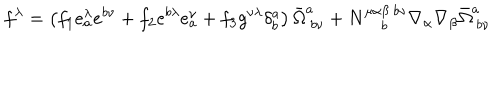
f ^ { \lambda } = \left( f _ { 1 } e _ { a } ^ { \lambda } e ^ { b \nu } + f _ { 2 } e ^ { b \lambda } e _ { a } ^ { \nu } + f _ { 3 } g ^ { \nu \lambda } \delta _ { b } ^ { a } \right) \bar { \Omega } _ { ~ b \nu } ^ { a } + N _ { ~ b } ^ { \mu \alpha \beta ~ b \nu } \nabla _ { \alpha } \nabla _ { \beta } \bar { \Omega } _ { ~ b \nu } ^ { a }